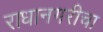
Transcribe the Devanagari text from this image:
राधानगरीचा